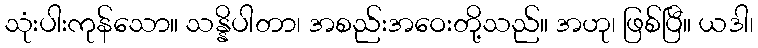
သုံးပါးကုန်သော။ သန္နိပါတာ၊ အစည်းအဝေးတို့သည်။ အဟု၊ ဖြစ်ပြီ။ ယဒါ၊